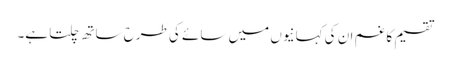
تقسیم کا غم ان کی کہانیوں میں سائے کی طرح ساتھ چلتا ہے۔